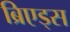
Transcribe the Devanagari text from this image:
ब्रिएड्स